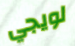
لويجي